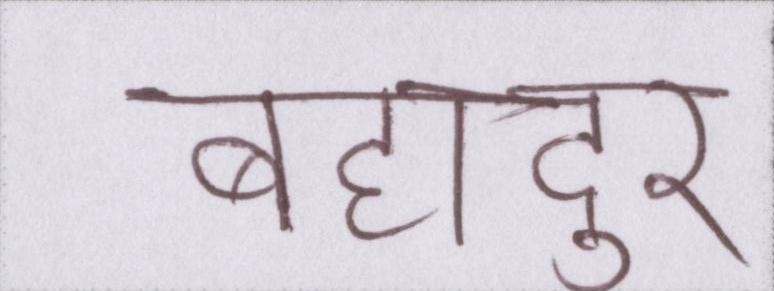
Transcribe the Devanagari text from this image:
बहादुर